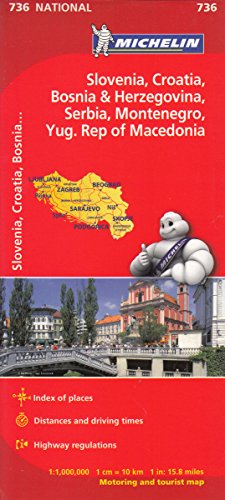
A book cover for Slovenia,Croatia, Bosnia (Michelin National Maps); Travel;